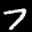
Label: 7